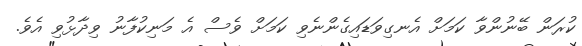
ކުރަން ބޭނުންވާ ކަމަށް އެނގިވަޑައިގެންނެވި ކަމަށް ވެސް އެ މަނިކުފާނު ވިދާޅުވި އެވެ.